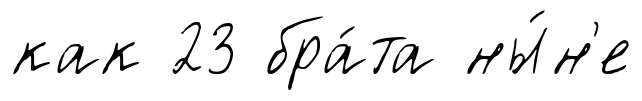
как 23 бра́та ны́н'е